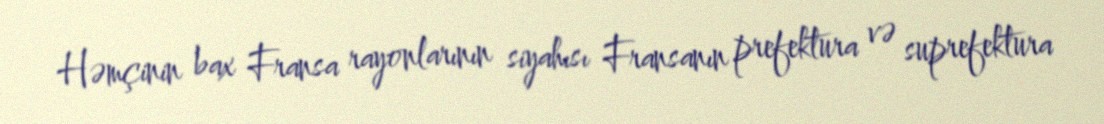
Həmçinin bax Fransa rayonlarının siyahısı Fransanın prefektura və suprefektura